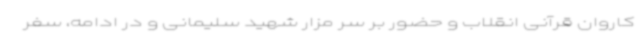
کاروان قرآنی انقلاب و حضور بر سر مزار شهید سلیمانی و در ادامه، سفر